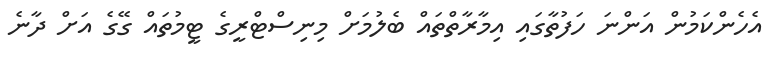
އެހެންކަމުން އަންނަ ހަފުތާގައި އިމާރާތްތައް ބެލުމަށް މިނިސްޓްރީގެ ޓީމުތައް ގޭގެ އަށް ދާނެ